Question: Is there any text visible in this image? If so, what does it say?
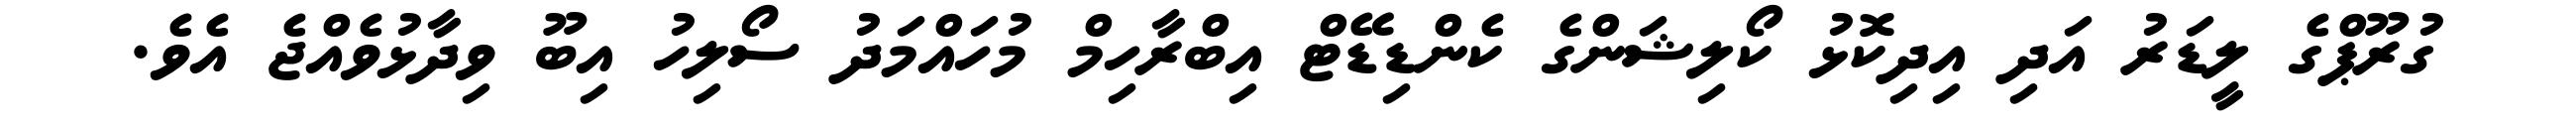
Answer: ގުރޫޕްގެ ލީޑަރު އަދި އިދިކޮޅު ކޯލިޝަންގެ ކެންޑިޑޭޓް އިބްރާހިމް މުހައްމަދު ސޯލިހު އިބޫ ވިދާޅުވެއްޖެ އެވެ.